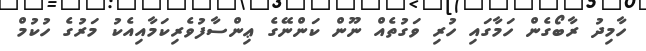
ހާމިދު ރާބޯގެން ހަމާގައި ހުރި ވަގުތެއް ނޫން ކަންނޭގެ ޢިންސާފުވެރިކަމާއިއެކު މަރުގެ ހުކުމް